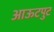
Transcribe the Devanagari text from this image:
आऊटपुट